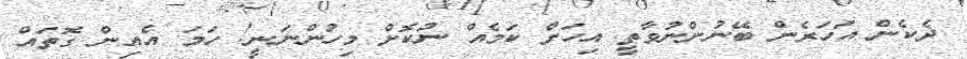
ދެކެން އަހަރެން ބޭނުންނުވާތީ އިހަށް ކަމެއް ނުކޮށް މިހުންނަނީ! ހަމަ އެއިން ގޮތައް